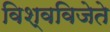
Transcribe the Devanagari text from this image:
विश्वविजेते